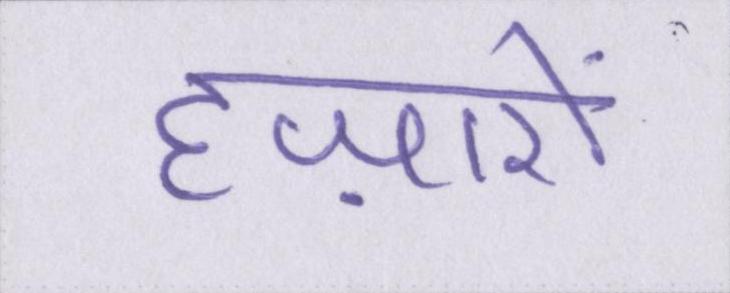
हज़ारों